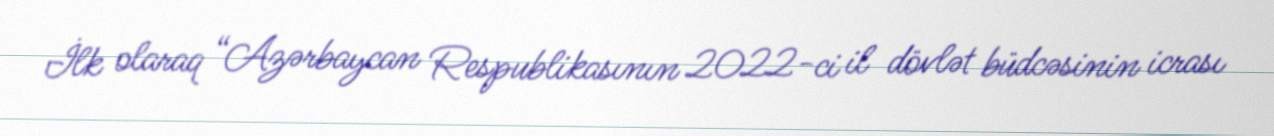
İlk olaraq “Azərbaycan Respublikasının 2022-ci il dövlət büdcəsinin icrası